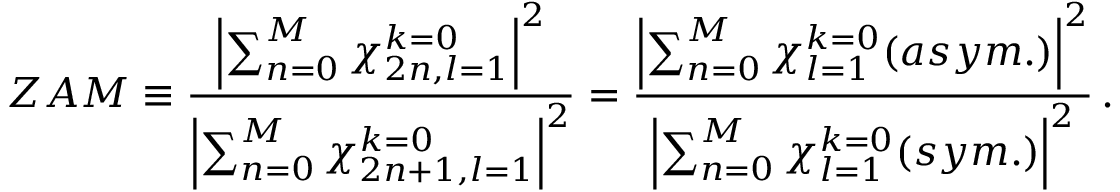
Z A M \equiv \frac { \left| \sum _ { n = 0 } ^ { M } { \chi _ { 2 n , l = 1 } ^ { k = 0 } } \right| ^ { 2 } } { \left| \sum _ { n = 0 } ^ { M } { \chi _ { 2 n + 1 , l = 1 } ^ { k = 0 } } \right| ^ { 2 } } = \frac { \left| \sum _ { n = 0 } ^ { M } { \chi _ { l = 1 } ^ { k = 0 } ( a s y m . ) } \right| ^ { 2 } } { \left| \sum _ { n = 0 } ^ { M } { \chi _ { l = 1 } ^ { k = 0 } ( s y m . ) } \right| ^ { 2 } } \, .